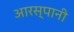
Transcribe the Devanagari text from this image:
आरस्पानी